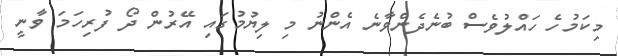
މިކަމުހެ ހައްލުވެސް ބުނެދެންވާނެ އެންނު މި ލިޔުމުގައި އޭރުން ދޯ ފުރިހަމަ ވާނީ